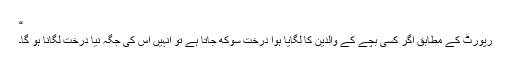
“
رپورٹ کے مطابق اگر کسی بچے کے والدین کا لگایا ہوا درخت سوکھ جاتا ہے تو انہیں اس کی جگہ نیا درخت لگانا ہو گا۔